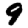
Digit: 9